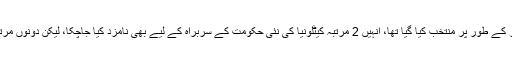
سانچز کو دسمبر میں قبل از وقت انتخابات کے ذریعے کیٹلونیا کے قانون ساز کے طور پر منتخب کیا گیا تھا، انہیں 2 مرتبہ کیٹلونیا کی نئی حکومت کے سربراہ کے لیے بھی نامزد کیا جاچکا، لیکن دونوں مرتبہ ایک جج نے انہیں حلف لینے کے لیے جیل سے جانے کی اجازت نہیں دی۔